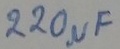
Text: 220µF